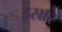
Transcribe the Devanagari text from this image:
इस्रार